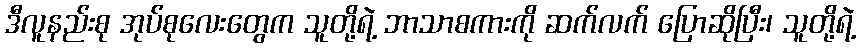
ဒီလူနည်းစု အုပ်စုလေးတွေက သူတို့ရဲ့ ဘာသာစကားကို ဆက်လက် ပြောဆိုပြီး၊ သူတို့ရဲ့